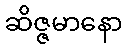
ဆိဇ္ဇမာနော